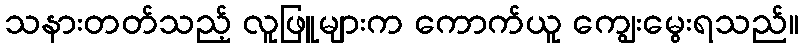
သနားတတ်သည့် လူဖြူများက ကောက်ယူ ကျွေးမွေးရသည်။